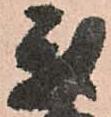
我